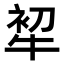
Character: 𤙟